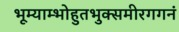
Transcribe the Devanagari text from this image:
भूम्याम्भोहुतभुक्समीरगगनं